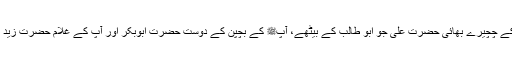
پھر آپﷺ کے چچیرے بھائی حضرت علیؓ جو ابو طالب کے بیٹھے، آپﷺ کے بچپن کے دوست حضرت ابوبکرؓ اور آپ کے غلام حضرت زیدؓ ایمان لائے۔